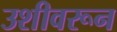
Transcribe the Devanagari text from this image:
उशीवरून